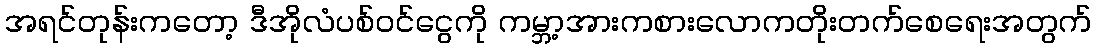
အရင်တုန်းကတော့ ဒီအိုလံပစ်ဝင်ငွေကို ကမ္ဘာ့အားကစားလောကတိုးတက်စေရေးအတွက်